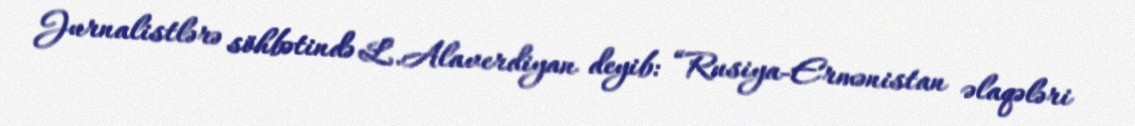
Jurnalistlərə söhbətində L.Alaverdiyan deyib: “Rusiya-Ermənistan əlaqələri